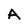
Character: A